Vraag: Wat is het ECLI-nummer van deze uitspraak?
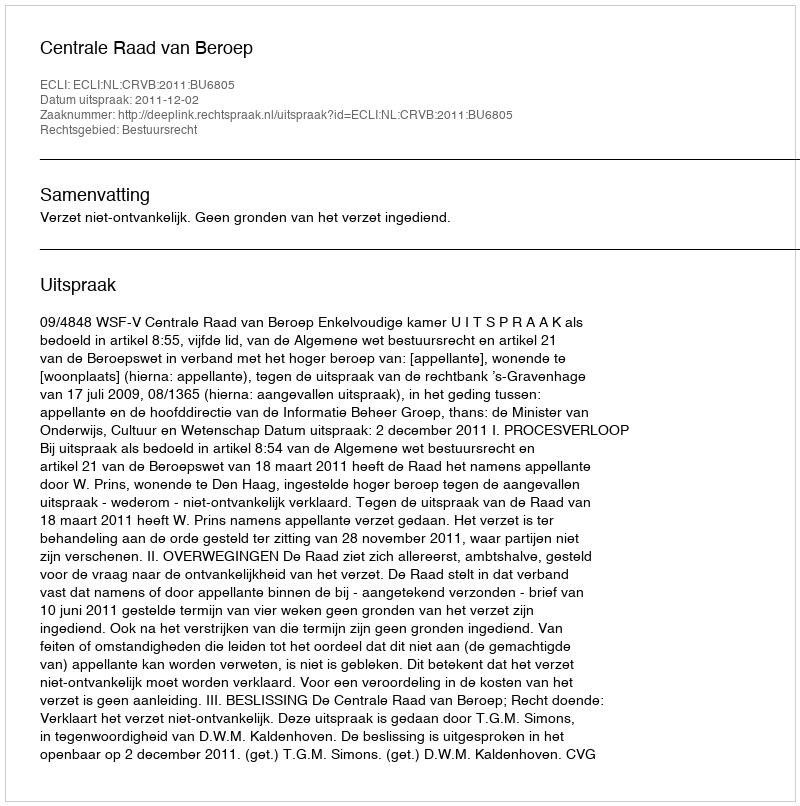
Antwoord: ECLI:NL:CRVB:2011:BU6805